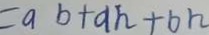
= a b + a h + b h